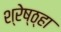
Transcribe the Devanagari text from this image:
श्रेष्ठ्हा